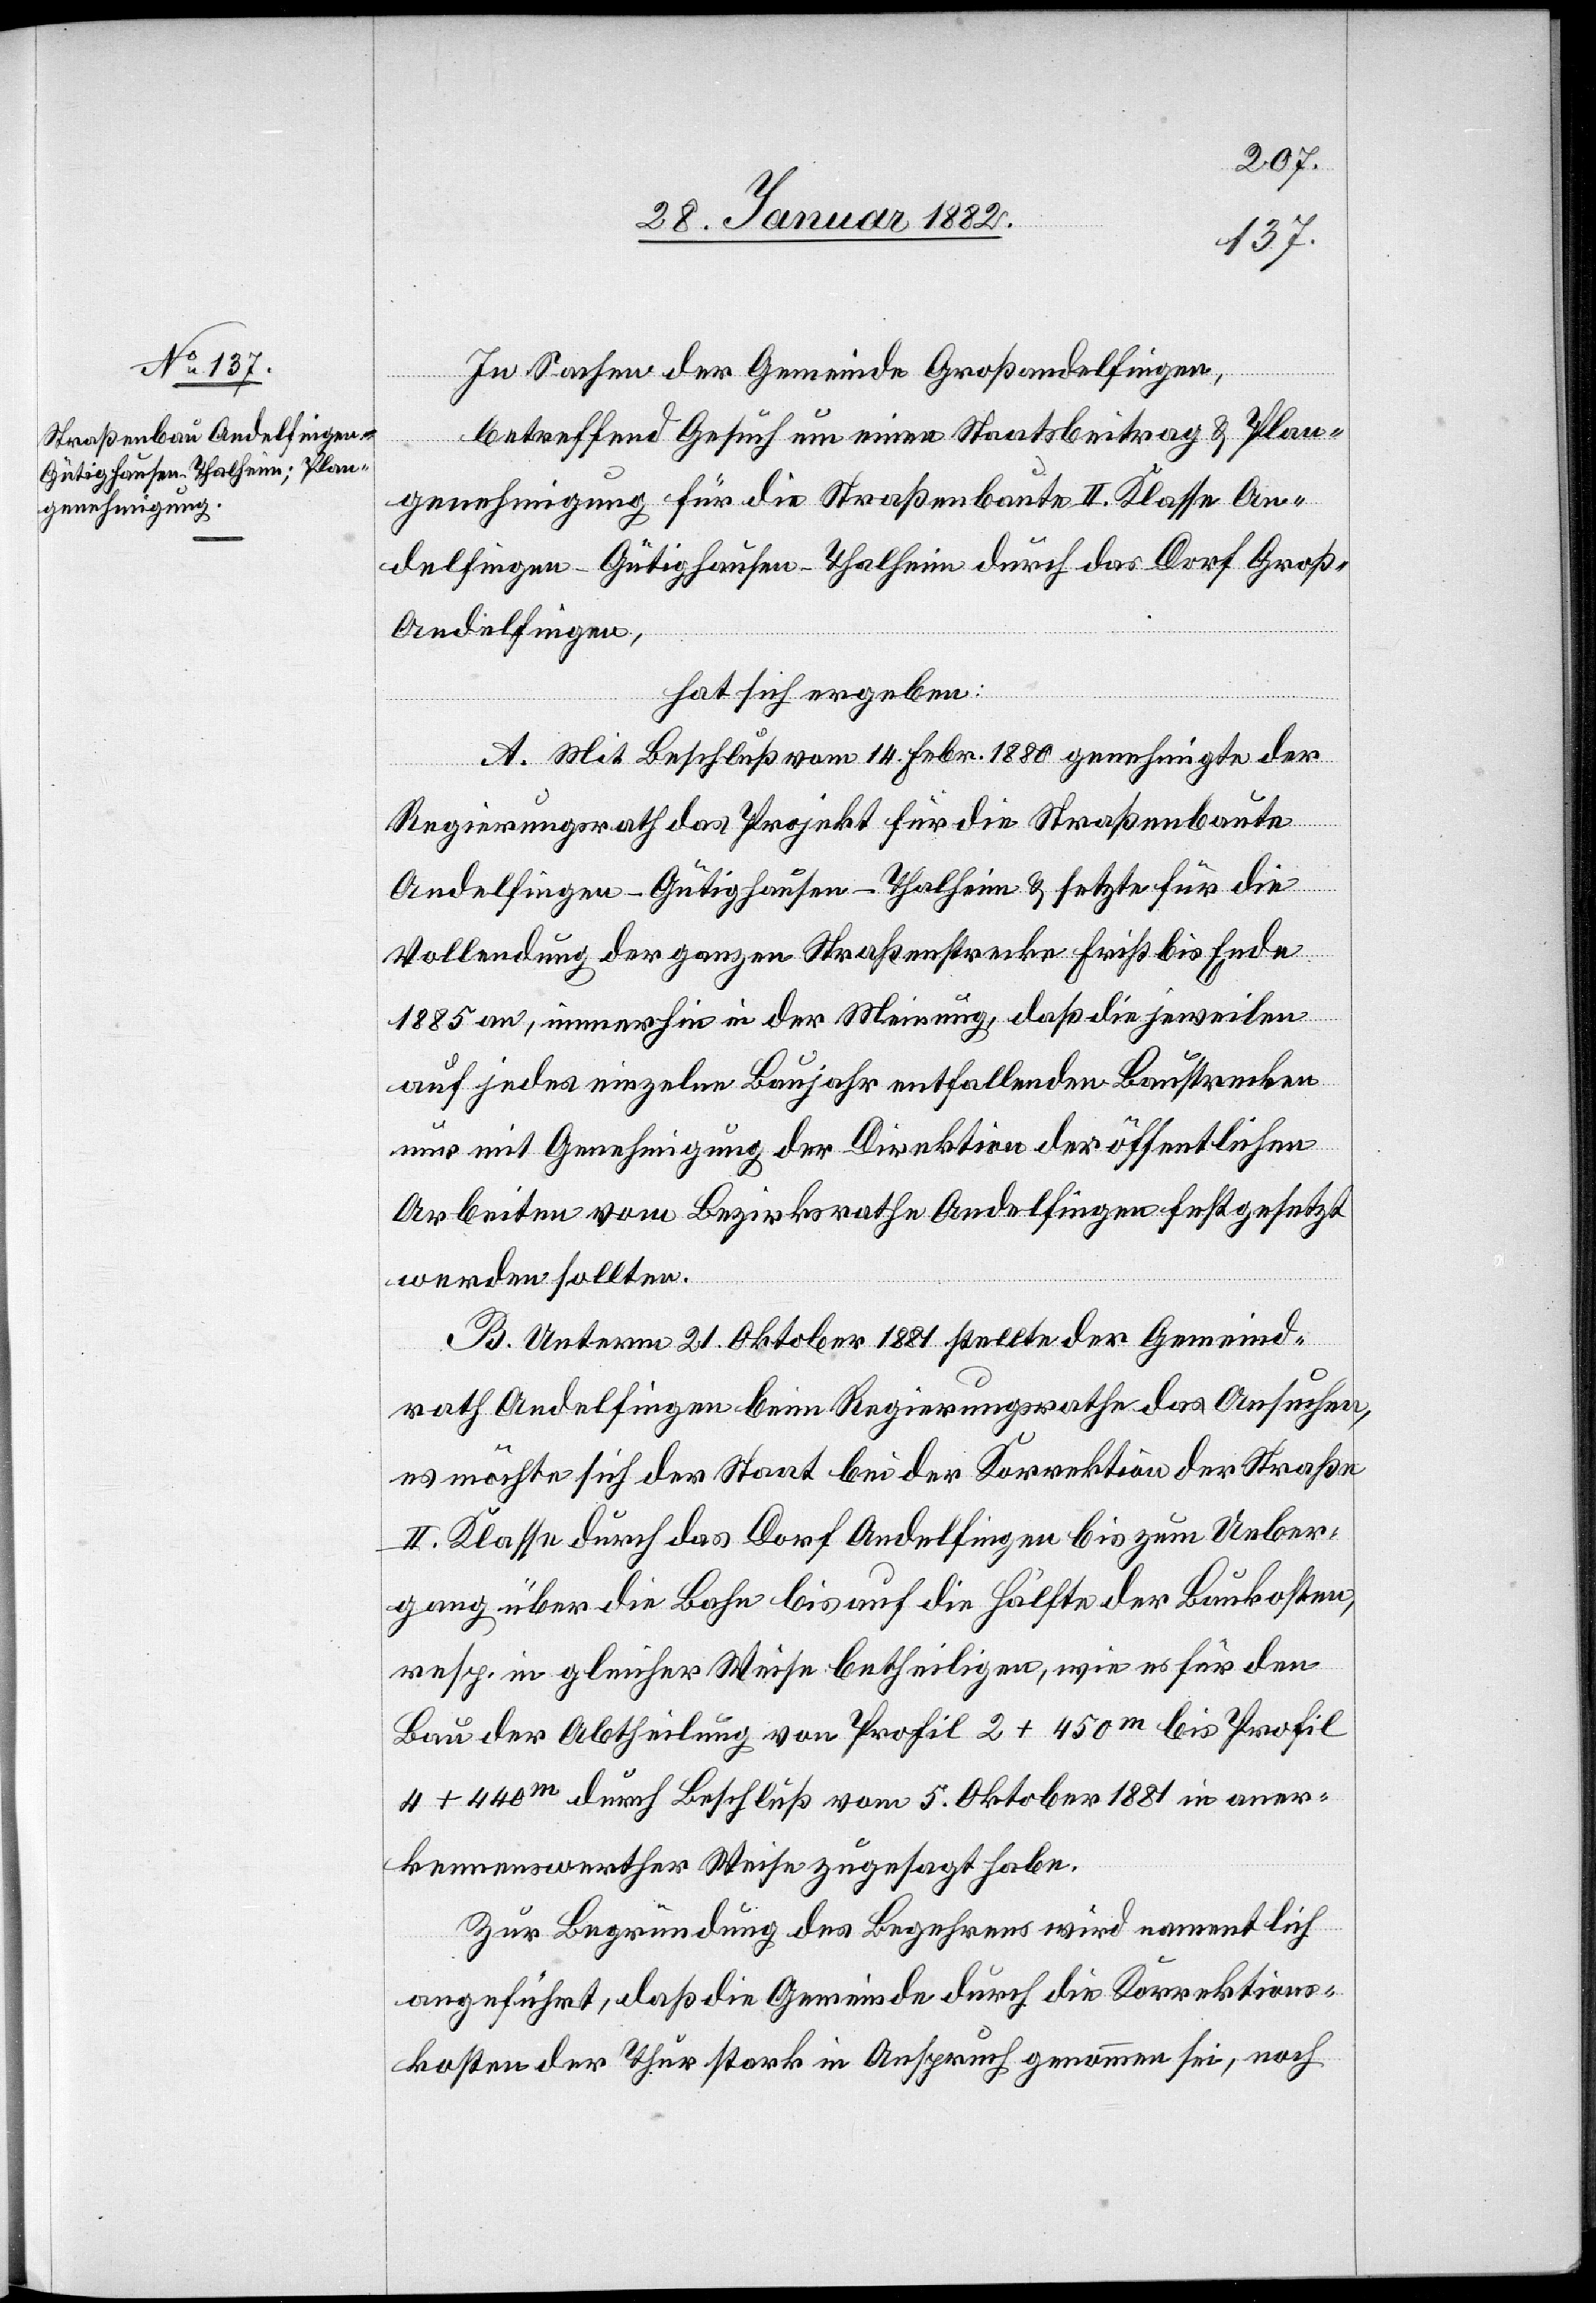
In Sachen der Gemeinde Großandelfingen,
betreffend Gesuch um einen Staatsbeitrag & Plan¬
genehmigung für die Straßenbaute II. Klasse An¬
delfingen–Gütighausen–Thalheim durch das Dorf Groß-A¬
ndelfingen,
hat sich ergeben:
A. Mit Beschluß vom 14. Febr. 1880 genehmigte der
Regierungsrath das Projekt für die Straßenbaute
Andelfingen–Gütighausen–Thalheim & setzte für die
Vollendung der ganzen Straßenstrecke Frist bis Ende
1885 an, immerhin in der Meinung, daß die jeweilen
auf jedes einzelne Baujahr entfallenden Baustrecken
nur mit Genehmigung der Direktion der öffentlichen
Arbeiten vom Bezirksrathe Andelfingen festgesetzt
werden sollten.
B. Unterm 21. Oktober 1881 stellte der Gemeind¬
rath Andelfingen beim Regierungsrath das Ansuchen,
es möchte sich der Staat bei der Korrektion der Straßen
II. Klasse durch das Dorf Andelfingen bis zum Ueber¬
gang über die Bahn bis auf die Hälfte der Baukosten,
resp. in gleicher Weise betheiligen, wie es für den
Bau der Abtheilung von Profil 2 + 450m bis Profil
4 + 440m durch Beschluß vom 5. Oktober 1881 in aner¬
kennenswerther Weise zugesagt habe.
Zur Begründung des Begehrens wird namentlich
angeführt, daß die Gemeinde durch die Korrektions¬
kosten der Thur stark in Anspruch genommen sei, noch